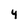
Character: 4